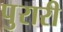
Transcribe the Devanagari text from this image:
पुरारी